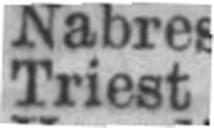
Triest